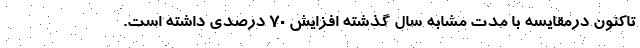
تاکنون درمقایسه با مدت مشابه سال گذشته افزایش ۷۰ درصدی داشته است.